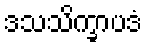
ဒသသိက္ခာပဒံ